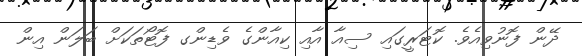
ދޭން ފޮނުވިއެވެ. ކޮޓަރީގައި ސިއާ އާއި ކިއާންގެ ވެޑިންގ ފޮޓޯތަކަށް ބަލަން އިން